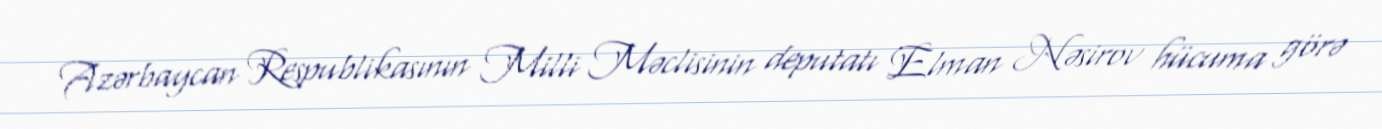
Azərbaycan Respublikasının Milli Məclisinin deputatı Elman Nəsirov hücuma görə